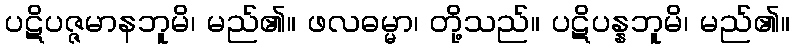
ပဋိပဇ္ဇမာနဘူမိ၊ မည်၏။ ဖလဓမ္မာ၊ တို့သည်။ ပဋိပန္နဘူမိ၊ မည်၏။